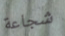
شجاعة